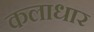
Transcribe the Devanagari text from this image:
कलाधार